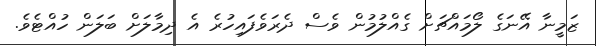
ޒަމީނާ އޭނަގެ ލޯމައްޗަށް ގެއްލުމުން ވެސް ދެރަވެފައިހުރެ އެ ދިމާލަށް ބަލަން ހުއްޓެވެ.